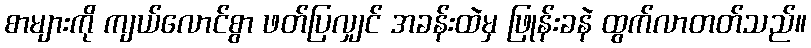
စာများကို ကျယ်လောင်စွာ ဖတ်ပြလျှင် အခန်းထဲမှ ဖြုန်းခနဲ ထွက်လာတတ်သည်။